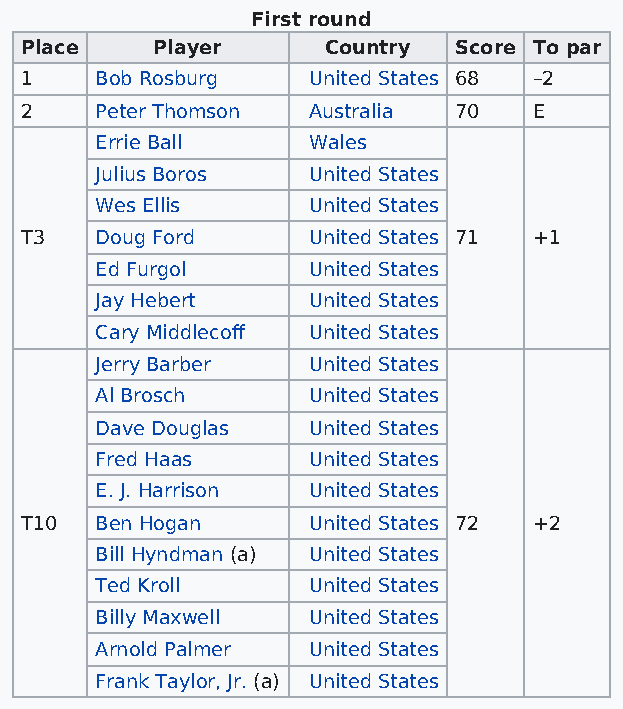
First round
 Place    Player     Country  Score To par
 1    Bob Rosburg   United States 68 –2
 2    Peter Thomson Australia 70   E
 Errie Ball    Wales
 Julius Boros  United States
 Wes Ellis     United States
 T3   Doug Ford     United States 71 +1
 Ed Furgol     United States
 Jay Hebert    United States
 Cary Middlecoff United States
 Jerry Barber  United States
 Al Brosch     United States
 Dave Douglas  United States
 Fred Haas     United States
 E. J. Harrison United States
 T10  Ben Hogan     United States 72 +2
 Bill Hyndman (a) United States
 Ted Kroll     United States
 Billy Maxwell United States
 Arnold Palmer United States
 Frank Taylor, Jr. (a) United States